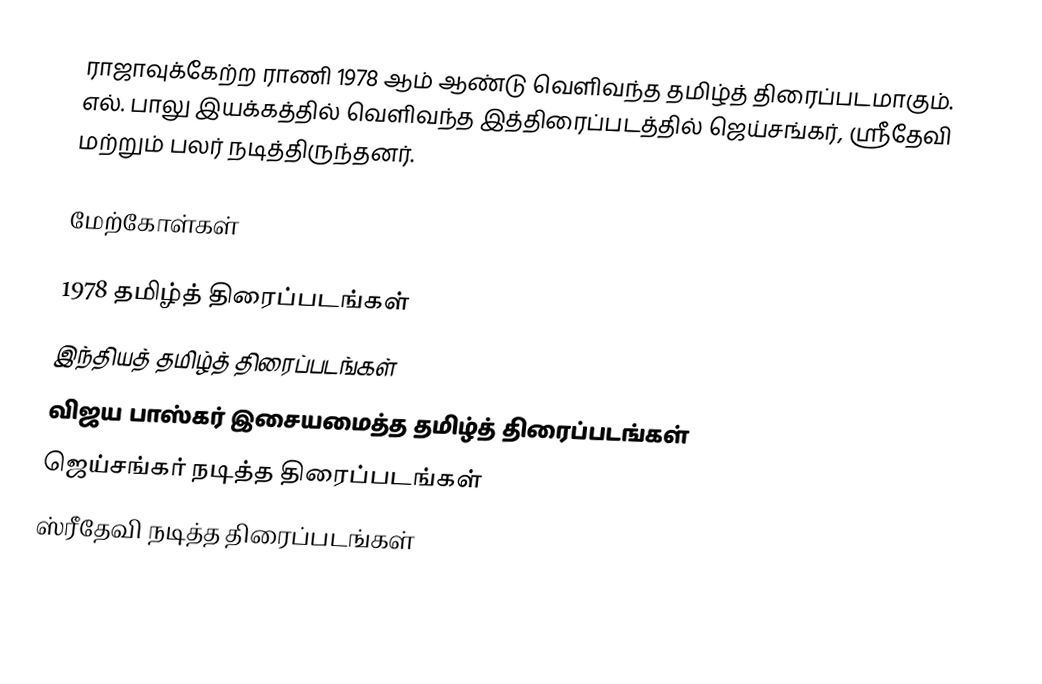
ராஜாவுக்கேற்ற ராணி 1978 ஆம் ஆண்டு வெளிவந்த தமிழ்த் திரைப்படமாகும். எல். பாலு இயக்கத்தில் வெளிவந்த இத்திரைப்படத்தில் ஜெய்சங்கர், ஸ்ரீதேவி மற்றும் பலர் நடித்திருந்தனர்.

மேற்கோள்கள்

1978 தமிழ்த் திரைப்படங்கள்
இந்தியத் தமிழ்த் திரைப்படங்கள்
விஜய பாஸ்கர் இசையமைத்த தமிழ்த் திரைப்படங்கள்
ஜெய்சங்கர் நடித்த திரைப்படங்கள்
ஸ்ரீதேவி நடித்த திரைப்படங்கள்